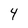
Character: 4